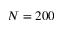
N = 2 0 0